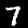
Digit: 7